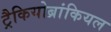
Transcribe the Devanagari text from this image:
ट्रैकियोब्रांकियल